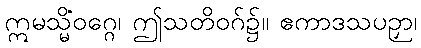
ဣမသ္မိံဝဂ္ဂေ၊ ဤသတိဝဂ်၌။ ဧကာဒသပဉှာ၊